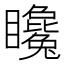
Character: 䂁